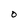
Character: O